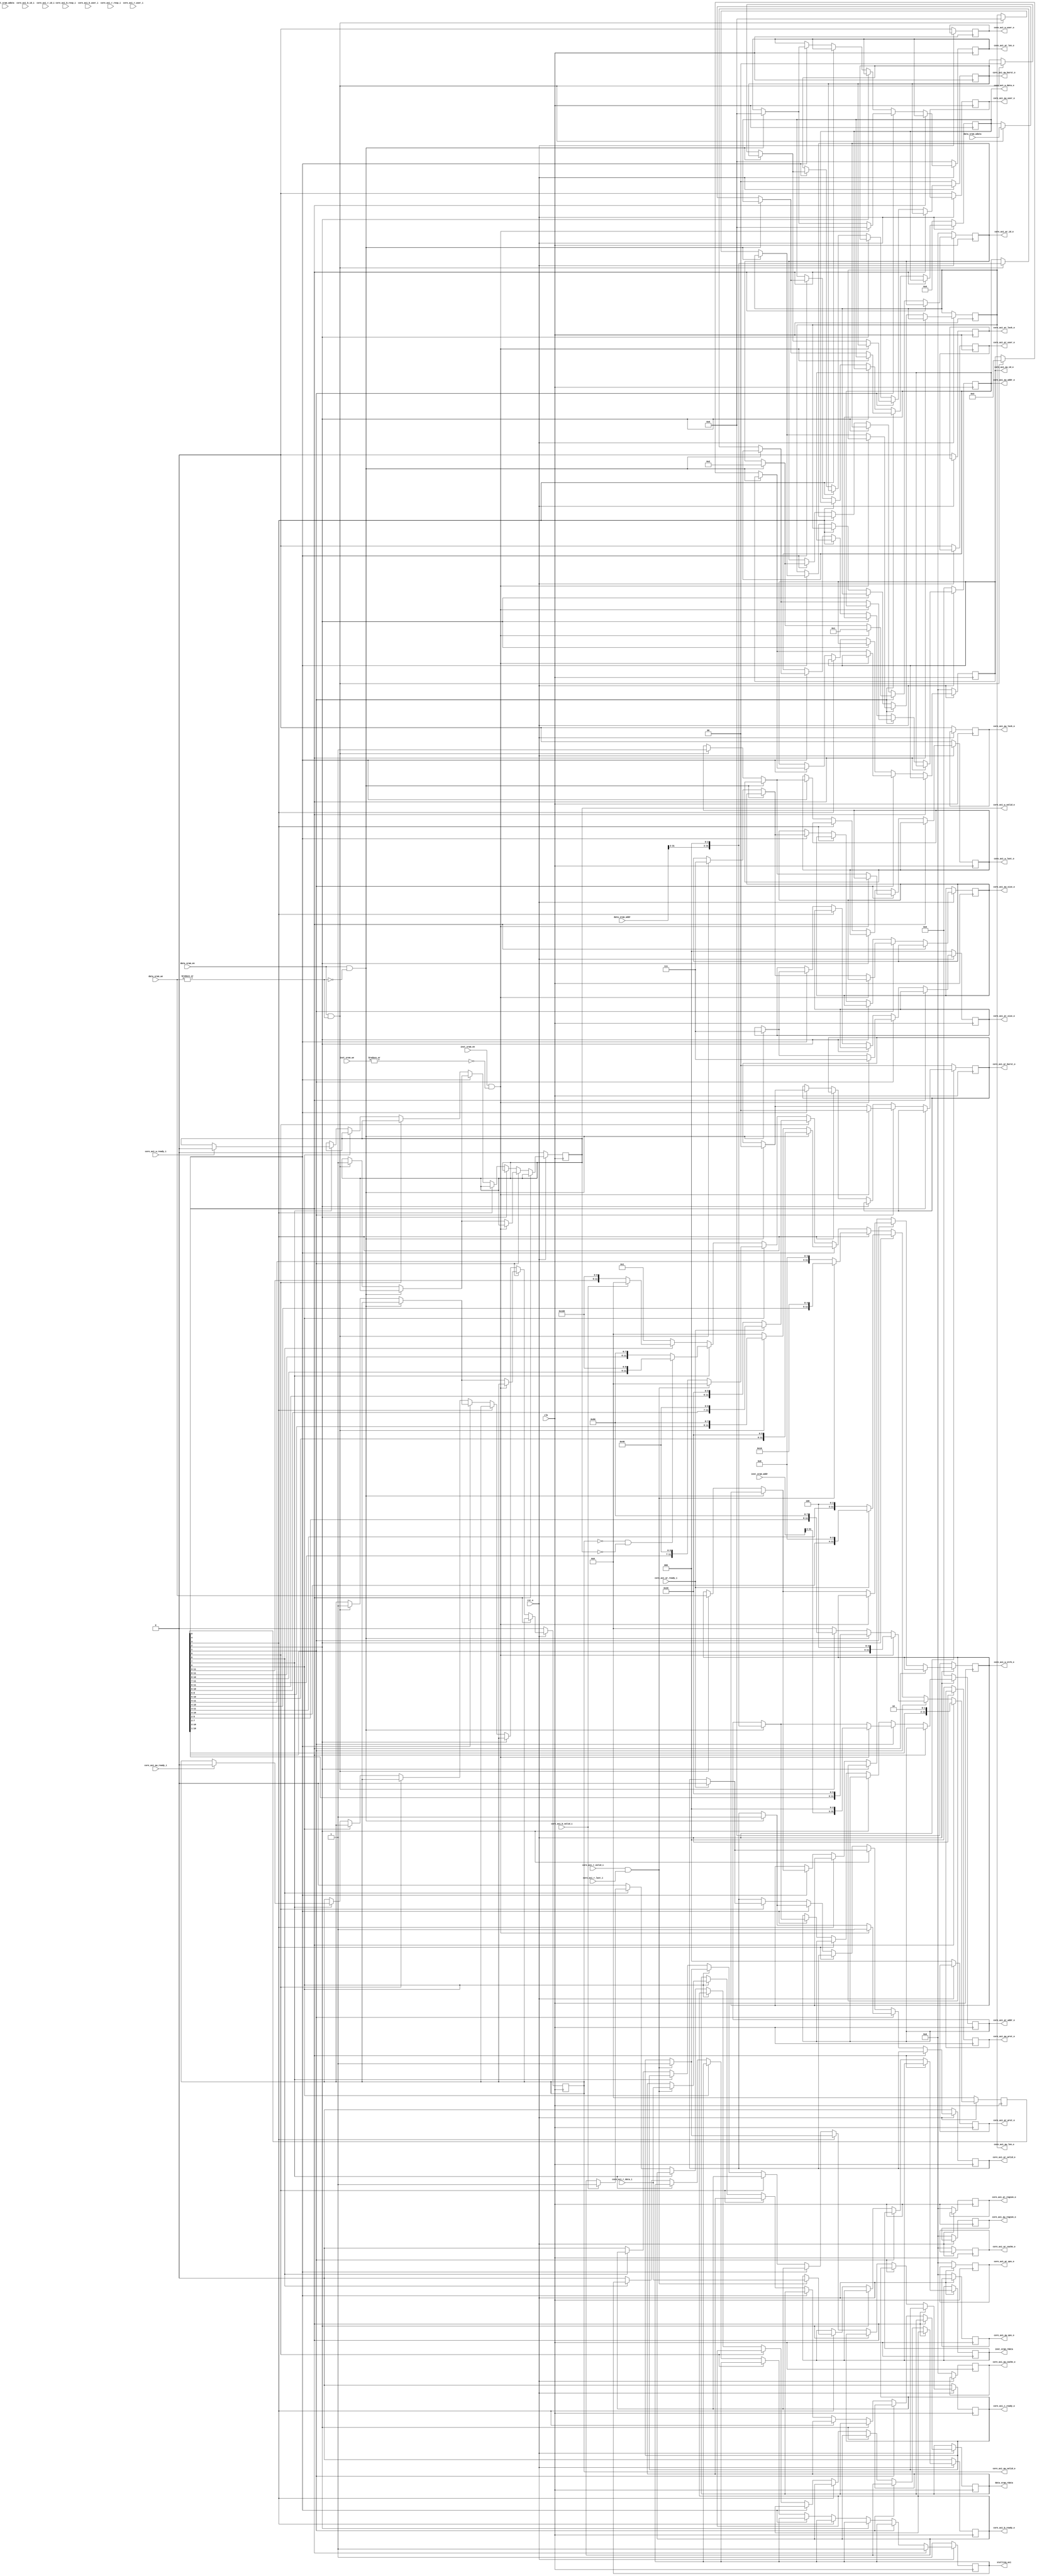
module axi_ctrl #(
  parameter AXI_DATA_WIDTH = 64,
  parameter AXI_ADDR_WIDTH = 32,
  parameter AXI_ID_WIDTH = 4,
  parameter AXI_USER_WIDTH = 1
)(
    input  wire clk,
    input  wire rst_n,
    output reg  stallreq_axi,

    input  wire         inst_sram_en,
    input  wire [7:0]   inst_sram_we,
    input  wire [63:0]  inst_sram_addr,
    input  wire [63:0]  inst_sram_wdata,
    output reg  [63:0]  inst_sram_rdata,

    input  wire         data_sram_en,
    input  wire [7:0]   data_sram_we,
    input  wire [63:0]  data_sram_addr,
    input  wire [63:0]  data_sram_wdata,
    output reg  [63:0]  data_sram_rdata,

    input wire                              core_axi_aw_ready_i,
    output reg                              core_axi_aw_valid_o,
    output reg [AXI_ADDR_WIDTH - 1:0]       core_axi_aw_addr_o,
    output reg [2:0]                        core_axi_aw_prot_o,
    output reg [AXI_ID_WIDTH-1:0]           core_axi_aw_id_o,
    output reg [AXI_USER_WIDTH-1:0]         core_axi_aw_user_o,
    output reg [7:0]                        core_axi_aw_len_o,
    output reg [2:0]                        core_axi_aw_size_o,
    output reg [1:0]                        core_axi_aw_burst_o,
    output reg                              core_axi_aw_lock_o,
    output reg [3:0]                        core_axi_aw_cache_o,
    output reg [3:0]                        core_axi_aw_qos_o,
    output reg [3:0]                        core_axi_aw_region_o,

    input wire                              core_axi_w_ready_i,
    output reg                              core_axi_w_valid_o,
    output reg [AXI_DATA_WIDTH-1:0]         core_axi_w_data_o,
    output reg [AXI_DATA_WIDTH/8-1:0]       core_axi_w_strb_o,
    output reg                              core_axi_w_last_o,
    output reg [AXI_USER_WIDTH-1:0]         core_axi_w_user_o,

    output reg                              core_axi_b_ready_o,
    input wire                              core_axi_b_valid_i,
    input wire [1:0]                        core_axi_b_resp_i,
    input wire [AXI_ID_WIDTH-1:0]           core_axi_b_id_i,
    input wire [AXI_USER_WIDTH-1:0]         core_axi_b_user_i,

    input wire                              core_axi_ar_ready_i,
    output reg                              core_axi_ar_valid_o,
    output reg [AXI_ADDR_WIDTH-1:0]         core_axi_ar_addr_o,
    output reg [2:0]                        core_axi_ar_prot_o,
    output reg [AXI_ID_WIDTH-1:0]           core_axi_ar_id_o,
    output reg [AXI_USER_WIDTH-1:0]         core_axi_ar_user_o,
    output reg [7:0]                        core_axi_ar_len_o,
    output reg [2:0]                        core_axi_ar_size_o,
    output reg [1:0]                        core_axi_ar_burst_o,
    output reg                              core_axi_ar_lock_o,
    output reg [3:0]                        core_axi_ar_cache_o,
    output reg [3:0]                        core_axi_ar_qos_o,
    output reg [3:0]                        core_axi_ar_region_o,

    output reg                              core_axi_r_ready_o,
    input wire                              core_axi_r_valid_i,
    input wire [1:0]                        core_axi_r_resp_i,
    input wire [AXI_DATA_WIDTH-1:0]         core_axi_r_data_i,
    input wire                              core_axi_r_last_i,
    input wire [AXI_ID_WIDTH-1:0]           core_axi_r_id_i,
    input wire [AXI_USER_WIDTH-1:0]         core_axi_r_user_i
);
    reg [11:0] state;
    always @ (posedge clk) begin
        if (!rst_n) begin
            core_axi_aw_valid_o <= 0;
            core_axi_aw_addr_o <= 0;
            core_axi_aw_prot_o <= 0;
            core_axi_aw_id_o <= 0;
            core_axi_aw_user_o <= 0;
            core_axi_aw_burst_o <= 0;
            core_axi_aw_lock_o <= 0;
            core_axi_aw_cache_o <= 0;
            core_axi_aw_qos_o <= 0;
            core_axi_aw_region_o <= 0;

            core_axi_w_valid_o <= 0;
            core_axi_w_data_o <= 0;
            core_axi_w_strb_o <= 0;
            core_axi_w_last_o <= 0;
            core_axi_w_user_o <= 0;

            core_axi_b_ready_o <= 0;

            core_axi_ar_valid_o <= 0;
            core_axi_ar_addr_o <= 0;
            core_axi_ar_prot_o <= 0;
            core_axi_ar_id_o <= 0;
            core_axi_ar_user_o <= 0;
            core_axi_ar_len_o <= 0;
            core_axi_ar_size_o <= 0;
            core_axi_ar_burst_o <= 0;
            core_axi_ar_lock_o <= 0;
            core_axi_ar_cache_o <= 0;
            core_axi_ar_qos_o <= 0;
            core_axi_ar_region_o <= 0;

            core_axi_r_ready_o <= 0;

            state <= 0;
            stallreq_axi <= 1'b1;
        end
        else begin
            case(1'b1)
                state[0]:begin
                    stallreq_axi <= 1'b1;
                    state <= state << 1;
                end
                state[1]:begin
                    if (inst_sram_en & ~(|inst_sram_we)) begin
                        core_axi_ar_valid_o <= 1'b1;
                        core_axi_ar_addr_o <= {inst_sram_addr[31:3],3'b0};
                        core_axi_ar_id_o <= 1;
                        core_axi_ar_len_o <= 0;
                        core_axi_ar_size_o <= 3'b111;
                        core_axi_ar_burst_o <= 0;
                        state <= state << 1;
                    end
                    else if (data_sram_en & ~(|data_sram_we)) begin
                        core_axi_ar_valid_o <= 1'b1;
                        core_axi_ar_addr_o <= {data_sram_addr[31:3],3'b0};
                        core_axi_ar_id_o <= 2;
                        core_axi_ar_len_o <= 0;
                        core_axi_ar_size_o <= 3'b111;
                        core_axi_ar_burst_o <= 0;
                        state <= state << 4;
                    end
                    else if (data_sram_en & (|data_sram_we)) begin
                        core_axi_aw_valid_o <= 1'b1;
                        core_axi_aw_addr_o <= {data_sram_addr[31:3],3'b0};
                        core_axi_aw_id_o <= 3;
                        core_axi_aw_len_o <= 0;
                        core_axi_aw_size_o <= 3'b111;
                        core_axi_aw_burst_o <= 0;

                        core_axi_w_valid_o <= 1'b1;
                        core_axi_w_data_o <= data_sram_wdata;
                        core_axi_w_strb_o <= data_sram_we;
                        core_axi_w_last_o <= 1'b1;
                        state <= state << 6;
                    end
                    else begin
                        state <= 0;
                    end
                end
                state[2]:begin
                    if (core_axi_ar_ready_i) begin
                        core_axi_ar_valid_o <= 1'b0;
                        state <= state << 1;
                    end
                end
                state[3]: begin
                    if (core_axi_r_valid_i & core_axi_r_last_i) begin
                        core_axi_r_ready_o <= 1'b1;
                        inst_sram_rdata <= core_axi_r_data_i;
                        state <= state << 1;
                    end
                end
                state[4]:begin
                    if (data_sram_en & ~(|data_sram_we)) begin
                        core_axi_ar_valid_o <= 1'b1;
                        core_axi_ar_addr_o <= {data_sram_addr[31:3],3'b0};
                        core_axi_ar_id_o <= 2;
                        core_axi_ar_len_o <= 0;
                        core_axi_ar_size_o <= 3'b111;
                        core_axi_ar_burst_o <= 0;
                        state <= state << 1;
                    end
                    else if (data_sram_en & (|data_sram_we)) begin
                        core_axi_aw_valid_o <= 1'b1;
                        core_axi_aw_addr_o <= {data_sram_addr[31:3],3'b0};
                        core_axi_aw_id_o <= 3;
                        core_axi_aw_len_o <= 0;
                        core_axi_aw_size_o <= 3'b111;
                        core_axi_aw_burst_o <= 0;

                        core_axi_w_valid_o <= 1'b1;
                        core_axi_w_data_o <= data_sram_wdata;
                        core_axi_w_strb_o <= data_sram_we;
                        core_axi_w_last_o <= 1'b1;
                        state <= state << 3;
                    end
                    else begin
                        state <= 0;
                    end
                end
                state[5]:begin
                    if (core_axi_ar_ready_i) begin
                        core_axi_ar_valid_o <= 1'b0;
                        state <= state << 1;
                    end
                end
                state[6]:begin
                    if (core_axi_r_valid_i & core_axi_r_last_i) begin
                        core_axi_r_ready_o <= 1'b1;
                        data_sram_rdata <= core_axi_r_data_i;
                        state <= 0;
                    end
                end
                state[7]:begin
                    if (core_axi_aw_ready_i) begin
                        core_axi_aw_valid_o <= 1'b0;
                    end
                    if (core_axi_w_ready_i) begin
                        core_axi_w_valid_o <= 1'b0;
                    end
                    if (!core_axi_aw_valid_o & !core_axi_w_valid_o) begin
                        state <= state << 1;
                    end
                end
                state[8]:begin
                    if (core_axi_b_valid_i) begin
                        core_axi_b_ready_o <= 1'b1;
                        state <= 0;
                    end
                end
                default:begin
                    state <= 1'b1;
                    stallreq_axi <= 1'b0;
                    core_axi_r_ready_o <= 1'b0;
                    core_axi_b_ready_o <= 1'b0;
                end
            endcase
        end
    end
endmodule